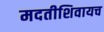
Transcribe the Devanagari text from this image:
मदतीशिवायच